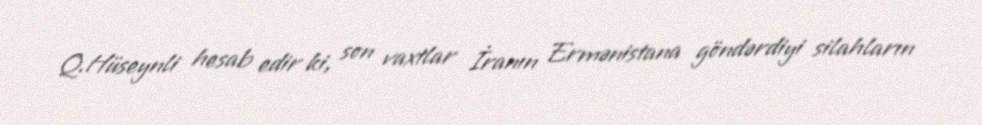
Q.Hüseynli hesab edir ki, son vaxtlar İranın Ermənistana göndərdiyi silahların